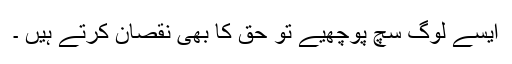
ایسے لوگ سچ پوچھیے تو حق کا بھی نقصان کرتے ہیں ۔